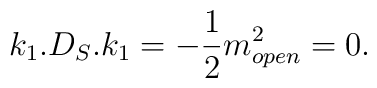
k_1.D_S.k_1=-{1\over2}m_{open}^2=0.